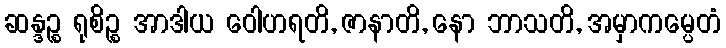
ဆန္ဒဉ္စ ရုစိဉ္စ အာဒါယ ဝေါဟရတိ, ဇာနာတိ, နော ဘာသတိ, အမှာကမ္ပေတံ